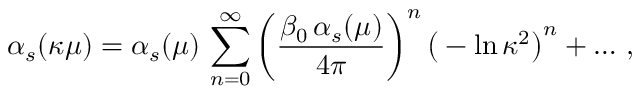
\alpha _ { s } ( \kappa \mu ) = \alpha _ { s } ( \mu ) \, \sum _ { n = 0 } ^ { \infty } \bigg ( { \frac { \beta _ { 0 } \, \alpha _ { s } ( \mu ) } { 4 \pi } } \bigg ) ^ { n } \, \big ( - \ln \kappa ^ { 2 } \big ) ^ { n } + \ldots \, ,